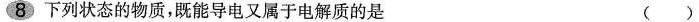
8 下列状态的物质，既能导电又属于电解质的是（）